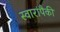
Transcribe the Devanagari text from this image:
स्वारांपैकी